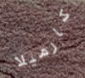
كارميلا